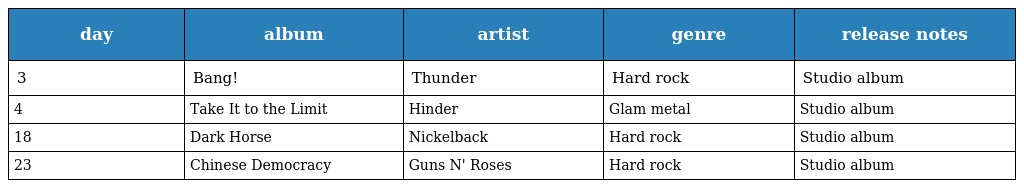
| day | album | artist | genre | release notes |
 | --- | --- | --- | --- | --- |
 | 3 | Bang! | Thunder | Hard rock | Studio album |
 | 4 | Take It to the Limit | Hinder | Glam metal | Studio album |
 | 18 | Dark Horse | Nickelback | Hard rock | Studio album |
 | 23 | Chinese Democracy | Guns N' Roses | Hard rock | Studio album |